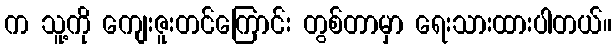
က သူ့ကို ကျေးဇူးတင်ကြောင်း တွစ်တာမှာ ရေးသားထားပါတယ်။